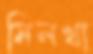
মিলখা